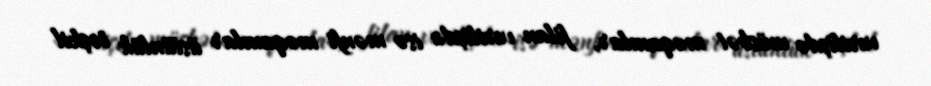
verilişdə müsbət məqamlar, filan verilişdə isə mənfi məqamlar üstünlük təşkil